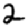
Digit: 2